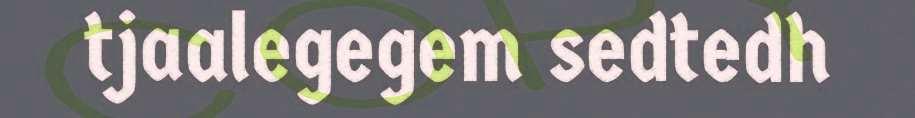
tjaalegegem sedtedh